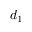
d _ { 1 }